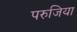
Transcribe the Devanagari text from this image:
परुजिया